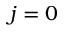
j = 0